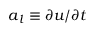
\boldsymbol { a } _ { l } \equiv \partial \boldsymbol { u } / \partial t